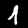
Label: 1